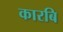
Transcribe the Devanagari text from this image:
कारबि